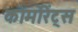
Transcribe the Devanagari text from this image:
कोर्मोरेंट्स